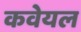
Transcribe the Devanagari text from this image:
कवेयल